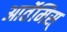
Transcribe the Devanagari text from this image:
आर्तेमिस्